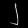
Digit: ၂